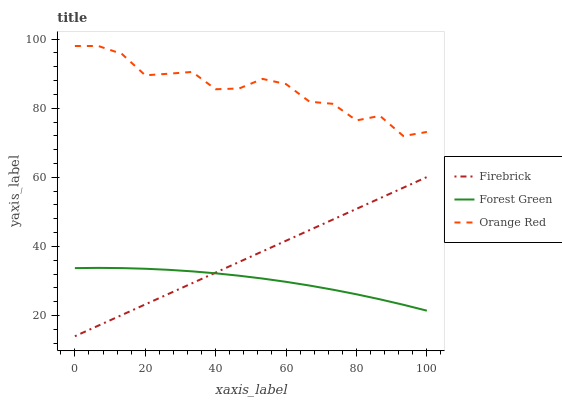
| xaxis_label | Firebrick | Forest Green | Orange Red |
 | --- | --- | --- | --- |
 | 0 | 14 | 33.7 | 98 |
 | 6.67 | 17.1 | 33.8 | 98 |
 | 13.3 | 20.1 | 33.7 | 95.7 |
 | 20 | 23.2 | 33.5 | 89.5 |
 | 26.7 | 26.3 | 33.2 | 90 |
 | 33.3 | 29.4 | 32.8 | 90.5 |
 | 40 | 32.4 | 32.2 | 85.5 |
 | 46.7 | 35.5 | 31.5 | 85.7 |
 | 53.3 | 38.6 | 30.7 | 88.5 |
 | 60 | 41.6 | 29.7 | 87 |
 | 66.7 | 44.7 | 28.7 | 81.9 |
 | 73.3 | 47.8 | 27.5 | 81.3 |
 | 80 | 50.9 | 26.1 | 76.5 |
 | 86.7 | 53.9 | 24.7 | 77.8 |
 | 93.3 | 57 | 23.1 | 71.9 |
 | 100 | 60.1 | 21.4 | 73.1 |